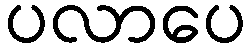
ပလာပေ